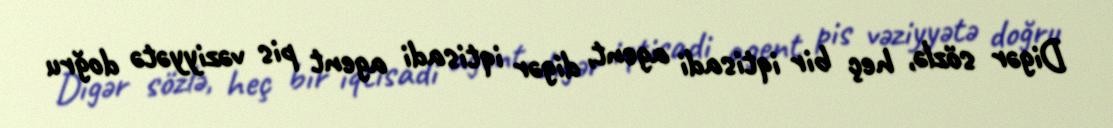
Digər sözlə, heç bir iqtisadi agent, digər iqtisadi agent pis vəziyyətə doğru